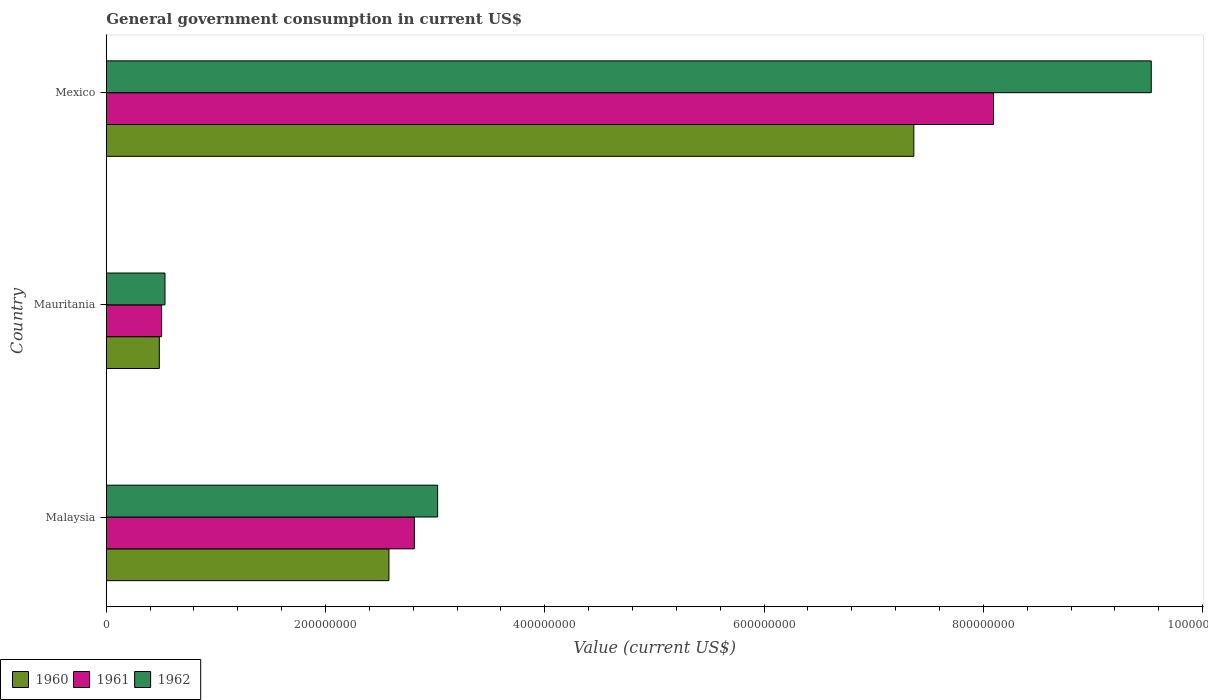
| Country | 1960 | 1961 | 1962 |
 | --- | --- | --- | --- |
 | Malaysia | 2.58e+08 | 2.81e+08 | 3.02e+08 |
 | Mauritania | 4.84e+07 | 5.05e+07 | 5.36e+07 |
 | Mexico | 7.37e+08 | 8.09e+08 | 9.53e+08 |